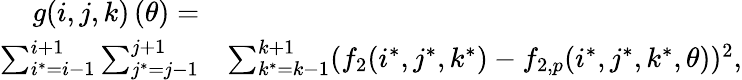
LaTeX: \begin{array}{rl}{g(i,j,k)\left(\theta\right)=}&{}\\ {\sum_{i^{*}=i-1}^{i+1}\sum_{j^{*}=j-1}^{j+1}}&{\sum_{k^{*}=k-1}^{k+1}(f_{2}(i^{*},j^{*},k^{*})-f_{2,p}(i^{*},j^{*},k^{*},\theta))^{2}\mathrm{,}}\end{array}